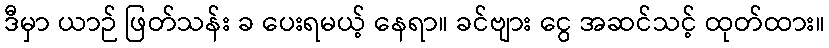
ဒီမှာ ယာဉ် ဖြတ်သန်း ခ ပေးရမယ့် နေရာ။ ခင်ဗျား ငွေ အဆင်သင့် ထုတ်ထား။